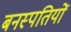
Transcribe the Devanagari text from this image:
बनस्पतियों